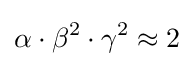
\alpha \cdot \beta ^{2}\cdot \gamma ^{2}\approx 2